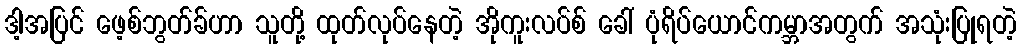
ဒါ့အပြင် ဖေ့စ်ဘွတ်ခ်ဟာ သူတို့ ထုတ်လုပ်နေတဲ့ အိုကူးလပ်စ် ခေါ် ပုံရိပ်ယောင်ကမ္ဘာအတွက် အသုံးပြုရတဲ့